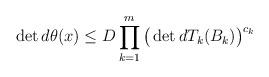
LaTeX: \begin{align*} \det d\theta(x) \le D \prod_{k=1}^m \big(\det dT_k(B_k)\big)^{c_k}\end{align*}